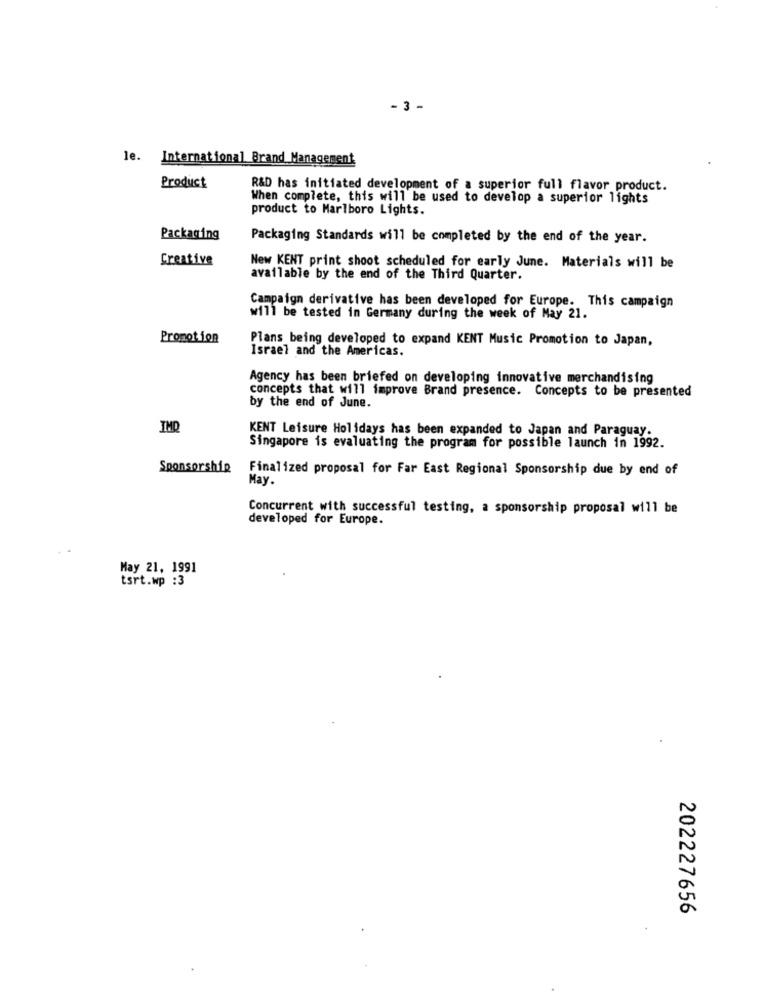
- 3 -
le. International Brand Management
Product
R&D has initiated development of a superior full flavor product.
When complete, this will be used to develop a superior lights
product to Marlboro Lights.
Packaging
Packaging Standards will be completed by the end of the year.
Creative
New KENT print shoot scheduled for early June. Materials will be
available by the end of the Third Quarter.
Campaign derivative has been developed for Europe. This campaign
will be tested in Germany during the week of May 21.
Promotion
Plans being developed to expand KENT Music Promotion to Japan,
Israel and the Americas.
Agency has been briefed on developing innovative merchandising
concepts that will improve Brand presence. Concepts to be presented
by the end of June.
IMQ
KENT Leisure Holidays has been expanded to Japan and Paraguay.
Singapore is evaluating the program for possible launch in 1992.
Sponsorship
Finalized proposal for Far East Regional Sponsorship due by end of
May.
Concurrent with successful testing, a sponsorship proposal will be
developed for Europe.
May 21, 1991
tsrt.wp :3
202227656